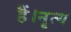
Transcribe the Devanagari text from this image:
हैं।नॄत्य